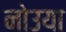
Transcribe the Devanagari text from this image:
नोउया